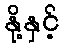
နို့နှင့်